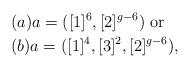
LaTeX: \begin{align*}&(a) a=([1]^6,[2]^{g-6})\mbox{ or}\\&(b) a=([1]^4,[3]^2,[2]^{g-6}),\end{align*}